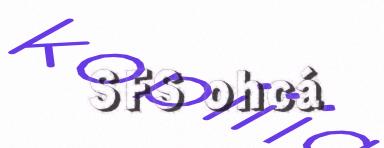
SFS ohcá